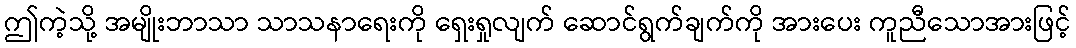
ဤကဲ့သို့ အမျိုးဘာသာ သာသနာရေးကို ရှေးရှုလျက် ဆောင်ရွက်ချက်ကို အားပေး ကူညီသောအားဖြင့်